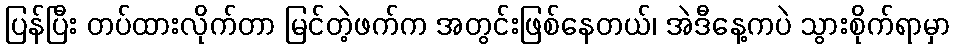
ပြန်ပြီး တပ်ထားလိုက်တာ မြင်တဲ့ဖက်က အတွင်းဖြစ်နေတယ်၊ အဲဒီနေ့ကပဲ သွားစိုက်ရာမှာ